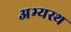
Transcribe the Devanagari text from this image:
अभ्यस्थ